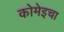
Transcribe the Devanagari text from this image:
कोमेइचा